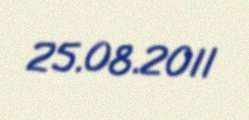
25.08.2011